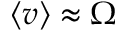
\left\langle v \right\rangle \approx \Omega